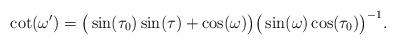
LaTeX: \begin{align*}\cot(\omega')= \big(\sin(\tau_0) \sin(\tau)+\cos(\omega)\big) \big(\sin(\omega) \cos(\tau_0)\big)^{-1}.\end{align*}